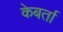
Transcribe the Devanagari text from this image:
केबर्ता